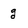
Character: g